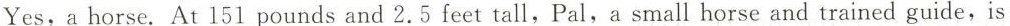
Yes, a horse. At 151 pounds and 2.5 feet tall,Pal,a small horse and trained guide,is